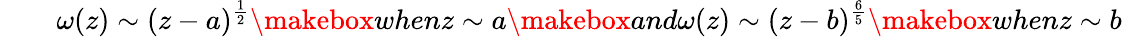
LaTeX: \qquad\omega(z)\sim(z-a)^{\frac{1}{2}}\makebox{when}z\sim a\makebox{and}\omega(z)\sim(z-b)^{\frac{6}{5}}\makebox{when}z\sim b